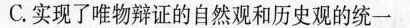
C.实现了唯物辩证的自然观和历史观的统一